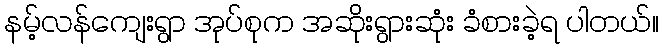
နမ့်လန်ကျေးရွာ အုပ်စုက အဆိုးရွားဆုံး ခံစားခဲ့ရ ပါတယ်။